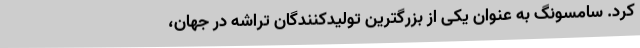
کرد. سامسونگ به عنوان یکی از بزرگترین تولیدکنندگان تراشه در جهان،